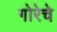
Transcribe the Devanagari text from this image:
गोरेचे